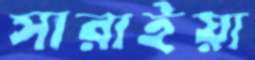
সারাইয়া